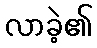
လာခဲ့၏